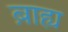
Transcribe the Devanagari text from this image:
ब़ाह्य